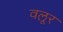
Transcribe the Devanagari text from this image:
वलूर